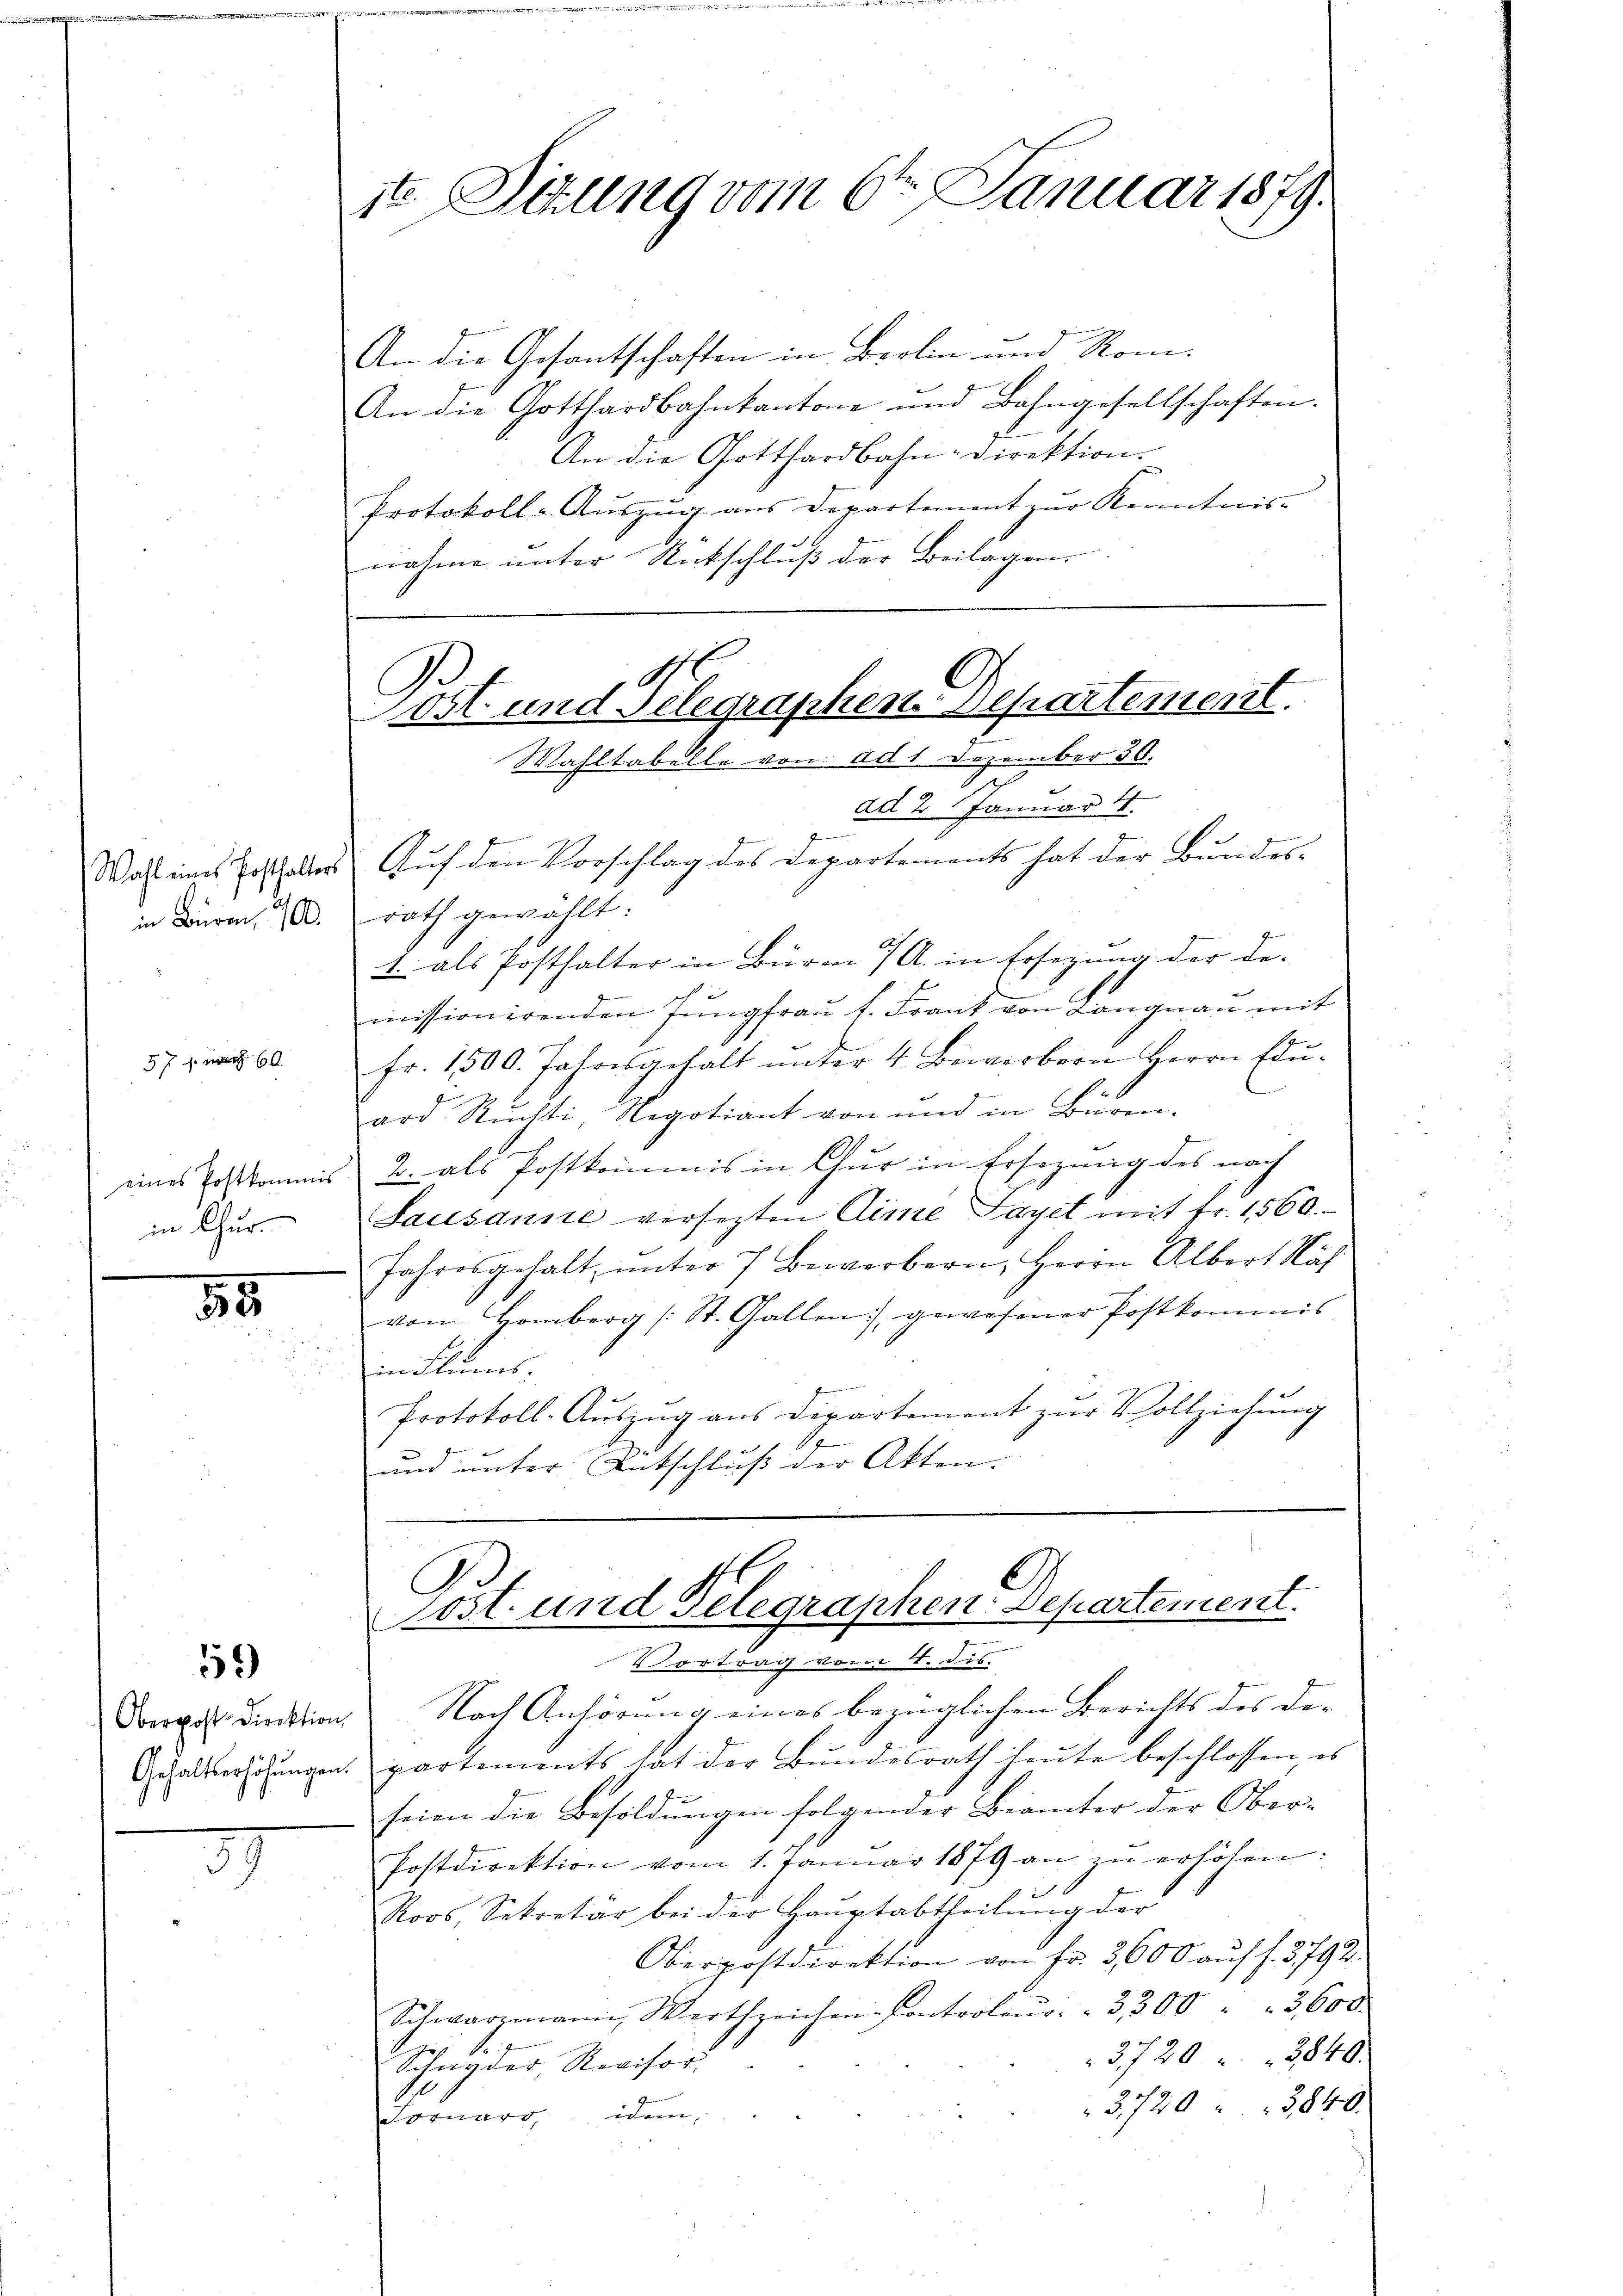
in Büren, 400.

57 nr 60.

in Chur-

55

59)

Oberpost Direktion
Gehaltserhöhungen.

3

1te Sitzung vom 6ten Januar 1879.

An die Gesantschaften in Berlin und Rom-
An die Gotthardbahnkantone und Bahngesellschaften.
An die Gotthardbahn-Direktion.
Protokoll-Aŭszŭg. aus Departement zŭr Kenntnis-
nahme unter Entschluß der Beilagen

.
Jost und Telegraphen-Departement.
Wahltabelle von ad 1 Dezember 30.
ch

e
ad 2 Januar 4.
Fr
Wahl eines Erschalter Aŭf den Vorschlag des Departements hat der Bŭndes-
rath gewählt:
1. als Posthalter in Büre 7/A. in Ersezung der Demissionirenden Jungfrau v. Frank von Langnau mit
fr. 1500. Jahresgehalt ŭnter 4. Bewerbern Herrn Edŭ-
ard Ruchti Negotiant von und in Büren.
eines Erstkommis 2. als Postkommis in Chur in Ersezung des nach
Sausanne versezten Arme Taget mit Fr. 1560.
Jahresgehalt ŭnter 7 Bewerbern, Herrn Albert Haf
vom Homberg (St. Gallen gewesener Postkommis
in Flums.
J
Protokoll-Auszug aus Dipartement zur Vollziehung
und unter Entschluß der Akten.

ost- und Telegraphen Departement.

Vortrag vom 1. dis.
Nach Anhörung eines bezüglichen Berichts des De-
partements hat der Bundesrath heute beschlossen, es
seien die Besoldungen folgender Beamter der Ober-
Postdirektion vom 1. Januar 1879 an zŭ erhöhen:
Roos, Sekretär bei der Haŭptabtheilŭng der
Oberpostdirektion von fr. 3600 aŭf f. 3792.
Schwarzmann Werth zeichen-Controleŭr " 3,300 " " 3600.
3720. 3840.
Schnyder Revisor
3720. 3840
Fornard, dem